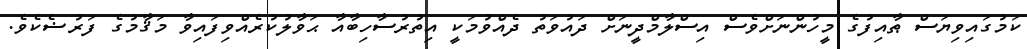
ކަމުގައިވިޔަސް ޠާއިފުގެ މީހުންނަށްވެސް އިސްލާމްދީނަށް ދައުވަތު ދެއްވުމަކީ އިތުރުސާހިބާއާ ޙަވާލުކުރެއްވިފައިވާ މަޤާމުގެ ފަރުޟެކެވެ.